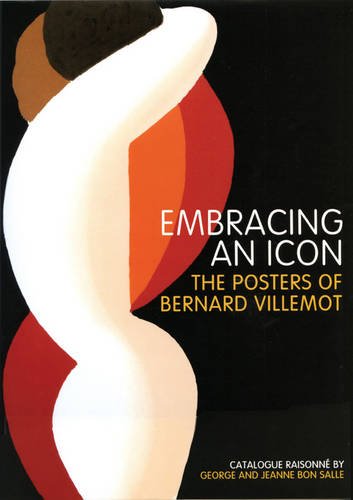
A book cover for Embracing an Icon: The Posters of Bernard Villlemot; George Bon Salle; Crafts, Hobbies & Home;